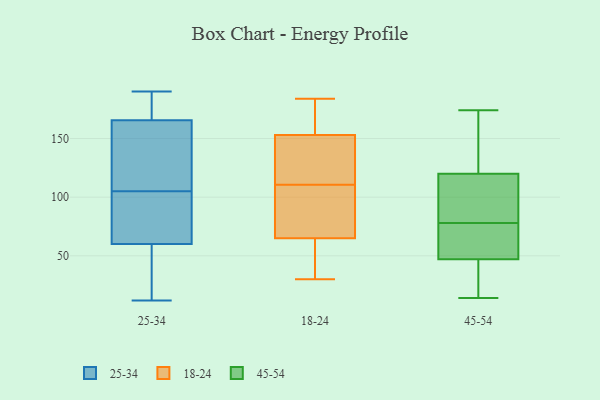
{"axis": {"x": "Humidity (%)", "y": "Value"}, "legend": ["18-24", "25-34", "45-54"], "data": [{"x": "", "y": 190, "type": "25-34"}, {"x": "", "y": 189, "type": "25-34"}, {"x": "", "y": 68, "type": "25-34"}, {"x": "", "y": 179, "type": "25-34"}, {"x": "", "y": 98, "type": "25-34"}, {"x": "", "y": 104, "type": "25-34"}, {"x": "", "y": 52, "type": "25-34"}, {"x": "", "y": 159, "type": "25-34"}, {"x": "", "y": 126, "type": "25-34"}, {"x": "", "y": 79, "type": "25-34"}, {"x": "", "y": 106, "type": "25-34"}, {"x": "", "y": 34, "type": "25-34"}, {"x": "", "y": 12, "type": "25-34"}, {"x": "", "y": 20, "type": "25-34"}, {"x": "", "y": 155, "type": "25-34"}, {"x": "", "y": 172, "type": "25-34"}, {"x": "", "y": 183, "type": "25-34"}, {"x": "", "y": 104, "type": "25-34"}, {"x": "", "y": 17, "type": "25-34"}, {"x": "", "y": 131, "type": "25-34"}, {"x": "", "y": 65, "type": "18-24"}, {"x": "", "y": 30, "type": "18-24"}, {"x": "", "y": 153, "type": "18-24"}, {"x": "", "y": 76, "type": "18-24"}, {"x": "", "y": 114, "type": "18-24"}, {"x": "", "y": 107, "type": "18-24"}, {"x": "", "y": 64, "type": "18-24"}, {"x": "", "y": 184, "type": "18-24"}, {"x": "", "y": 115, "type": "18-24"}, {"x": "", "y": 161, "type": "18-24"}, {"x": "", "y": 142, "type": "45-54"}, {"x": "", "y": 89, "type": "45-54"}, {"x": "", "y": 166, "type": "45-54"}, {"x": "", "y": 174, "type": "45-54"}, {"x": "", "y": 115, "type": "45-54"}, {"x": "", "y": 120, "type": "45-54"}, {"x": "", "y": 67, "type": "45-54"}, {"x": "", "y": 160, "type": "45-54"}, {"x": "", "y": 49, "type": "45-54"}, {"x": "", "y": 58, "type": "45-54"}, {"x": "", "y": 47, "type": "45-54"}, {"x": "", "y": 34, "type": "45-54"}, {"x": "", "y": 94, "type": "45-54"}, {"x": "", "y": 43, "type": "45-54"}, {"x": "", "y": 65, "type": "45-54"}, {"x": "", "y": 118, "type": "45-54"}, {"x": "", "y": 14, "type": "45-54"}, {"x": "", "y": 21, "type": "45-54"}]}